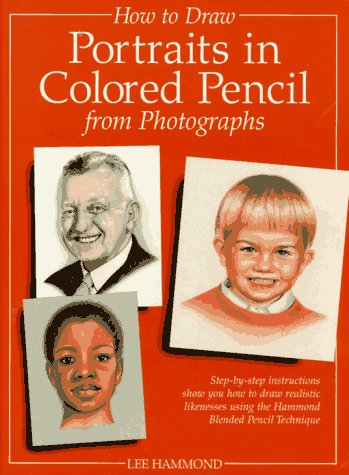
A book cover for How to Draw Portraits in Colored Pencil from Photographs; Lee Hammond; Arts & Photography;